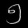
Digit: ၅